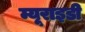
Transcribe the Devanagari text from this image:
म्यूराइडी